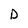
Character: D